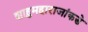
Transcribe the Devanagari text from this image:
शाहुमहाराजांकडे